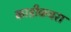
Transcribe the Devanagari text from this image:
काडीकचरा